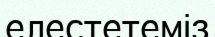
елестетеміз